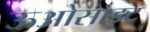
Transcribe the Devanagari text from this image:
ऊओसाइट